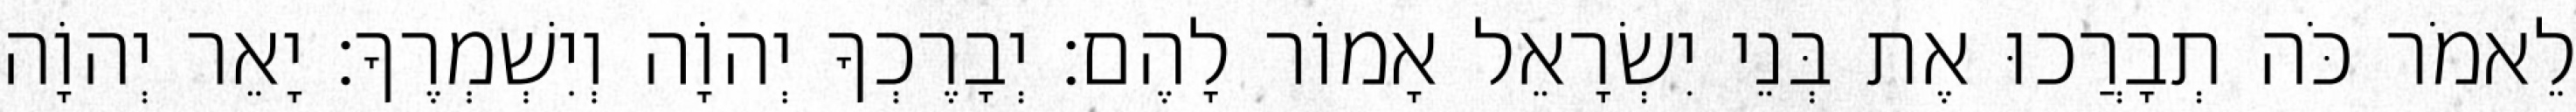
לֵאמֹר כֹּה תְבָרֲכוּ אֶת בְּנֵי יִשְׂרָאֵל אָמוֹר לָהֶם׃ יְבָרֶכְךָ יְהוָֹה וְיִשְׁמְרֶךָ׃ יָאֵר יְהוָֹה